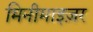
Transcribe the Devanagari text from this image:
मिनीमाइज़र